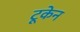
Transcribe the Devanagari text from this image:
टूकेन